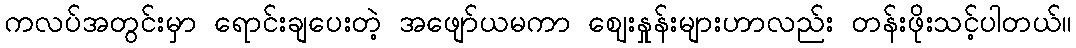
ကလပ်အတွင်းမှာ ရောင်းချပေးတဲ့ အဖျော်ယမကာ ဈေးနှုန်းများဟာလည်း တန်းဖိုးသင့်ပါတယ်။